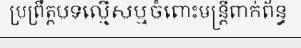
ប្រព្រឹត្តបទល្មើសឬចំពោះមន្ត្រីពាក់ព័ន្ធ